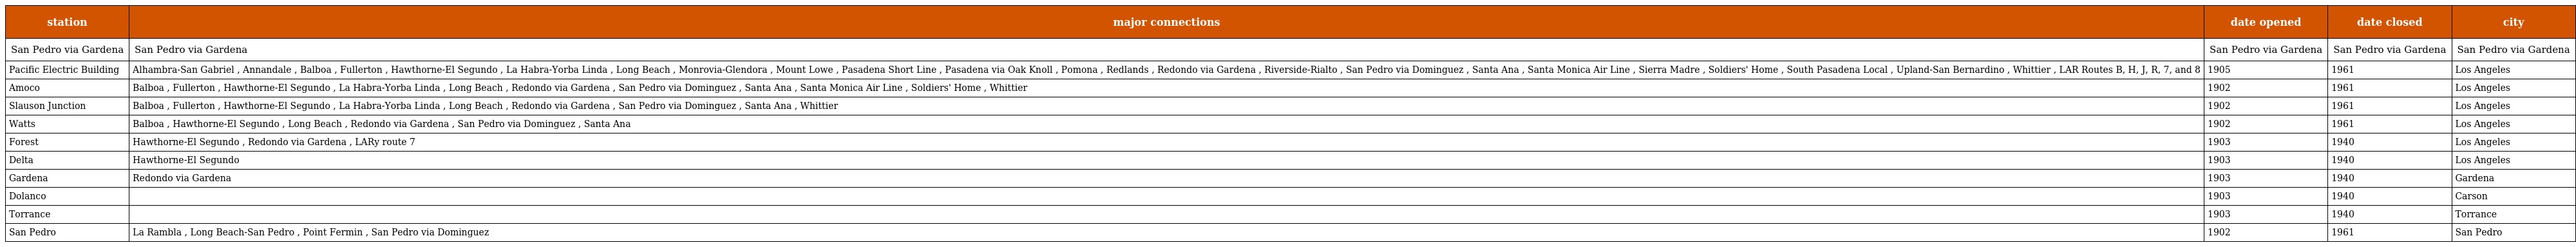
| station | major connections | date opened | date closed | city |
 | --- | --- | --- | --- | --- |
 | San Pedro via Gardena | San Pedro via Gardena | San Pedro via Gardena | San Pedro via Gardena | San Pedro via Gardena |
 | Pacific Electric Building | Alhambra-San Gabriel , Annandale , Balboa , Fullerton , Hawthorne-El Segundo , La Habra-Yorba Linda , Long Beach , Monrovia-Glendora , Mount Lowe , Pasadena Short Line , Pasadena via Oak Knoll , Pomona , Redlands , Redondo via Gardena , Riverside-Rialto , San Pedro via Dominguez , Santa Ana , Santa Monica Air Line , Sierra Madre , Soldiers' Home , South Pasadena Local , Upland-San Bernardino , Whittier , LAR Routes B, H, J, R, 7, and 8 | 1905 | 1961 | Los Angeles |
 | Amoco | Balboa , Fullerton , Hawthorne-El Segundo , La Habra-Yorba Linda , Long Beach , Redondo via Gardena , San Pedro via Dominguez , Santa Ana , Santa Monica Air Line , Soldiers' Home , Whittier | 1902 | 1961 | Los Angeles |
 | Slauson Junction | Balboa , Fullerton , Hawthorne-El Segundo , La Habra-Yorba Linda , Long Beach , Redondo via Gardena , San Pedro via Dominguez , Santa Ana , Whittier | 1902 | 1961 | Los Angeles |
 | Watts | Balboa , Hawthorne-El Segundo , Long Beach , Redondo via Gardena , San Pedro via Dominguez , Santa Ana | 1902 | 1961 | Los Angeles |
 | Forest | Hawthorne-El Segundo , Redondo via Gardena , LARy route 7 | 1903 | 1940 | Los Angeles |
 | Delta | Hawthorne-El Segundo | 1903 | 1940 | Los Angeles |
 | Gardena | Redondo via Gardena | 1903 | 1940 | Gardena |
 | Dolanco |  | 1903 | 1940 | Carson |
 | Torrance |  | 1903 | 1940 | Torrance |
 | San Pedro | La Rambla , Long Beach-San Pedro , Point Fermin , San Pedro via Dominguez | 1902 | 1961 | San Pedro |